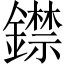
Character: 𨭺